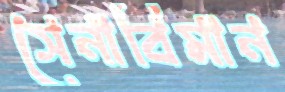
সেনাবিমান